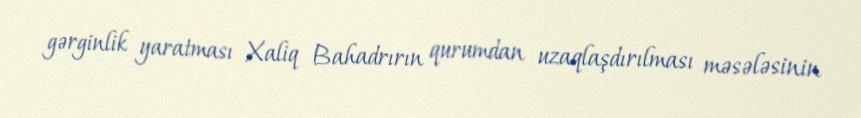
gərginlik yaratması Xaliq Bahadrırın qurumdan uzaqlaşdırılması məsələsinin